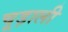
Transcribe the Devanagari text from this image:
चूड़ाली